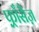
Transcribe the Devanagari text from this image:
फ़्राँसैज़